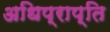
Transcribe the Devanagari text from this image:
अधिप्राप्‍ति